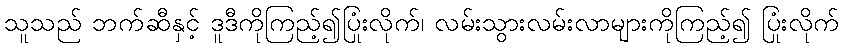
သူသည် ဘက်ဆီနှင့် ဒူဒီကိုကြည့်၍ပြုံးလိုက်၊ လမ်းသွားလမ်းလာများကိုကြည့်၍ ပြုံးလိုက်